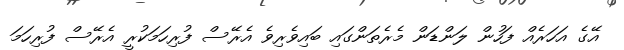
އޭގެ އަހަރެއް ފަހުން ލަންޑަން މެރެތަންގައި ބައިވެރިވެ އެރޭސް ފުރިހަމަކުރީ އެރޭސް ފުރިހަމަ